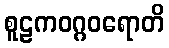
စူဠကဝဂ္ဂဝရောတိ